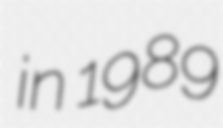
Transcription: in 1989